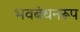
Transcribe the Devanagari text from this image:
भवबंधनरूप